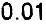
0.01